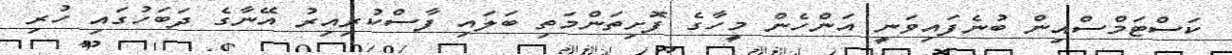
ކަސްޓަމްސްއިން ބުނެފައިވަނީ އަންހެން މީހާގެ ފޮށިތަންމަތި ބަލައި ފާސްކުރިއިރު އޭނާގެ ދަބަހުގައި ހުރި